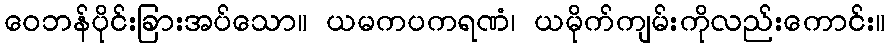
ဝေဘန်ပိုင်းခြားအပ်သော။ ယမကပကရဏံ၊ ယမိုက်ကျမ်းကိုလည်းကောင်း။